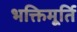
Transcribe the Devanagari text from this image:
भक्तिमूर्ति